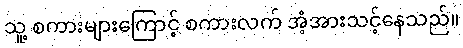
သူ့ စကားများကြောင့် စကားလက် အံ့အားသင့်နေသည်။